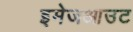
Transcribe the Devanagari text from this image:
इमेजआउट